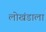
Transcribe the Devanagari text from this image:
लोखंडाला